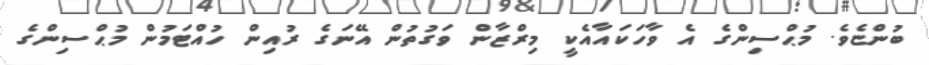
ބުންޏެވެ. މުޙްސިންގެ އެ ވާހަކައާއެކީ މިރްޒާން ވަގުތުން އޭނަގެ ރުއިން ހުއްޓަމުން މުޙްސިންގެ